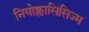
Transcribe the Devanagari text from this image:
नियोक्लासिसिज्म